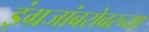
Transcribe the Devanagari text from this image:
इंग्रजांबरोबरच्या